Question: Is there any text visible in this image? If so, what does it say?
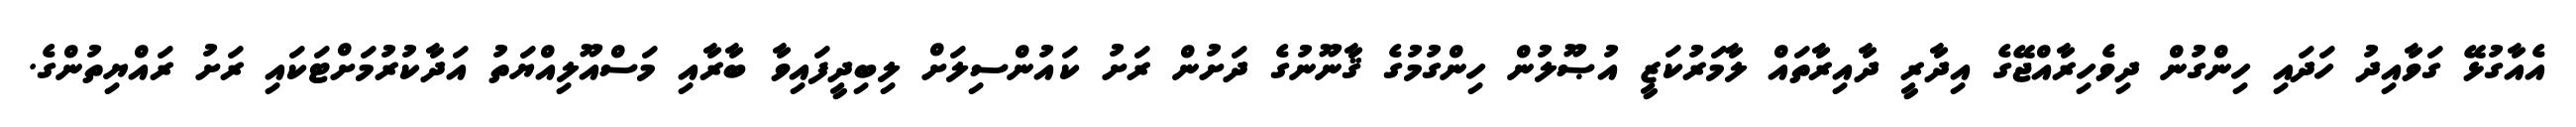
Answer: އެއާގުޅޭ ގަވާއިދު ހަދައި ހިންގުން ދިވެހިރާއްޖޭގެ އިދާރީ ދާއިރާތައް ލާމަރުކަޒީ އުޞޫލުން ހިންގުމުގެ ޤާނޫނުގެ ދަށުން ރަށު ކައުންސިލަށް ލިބިދީފައިވާ ބާރާއި މަސްއޫލިއްޔަތު އަދާކުރުމަށްޓަކައި ރަށު ރައްޔިތުންގެ.